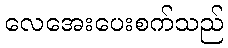
လေအေးပေးစက်သည်